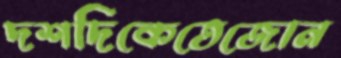
দশদিকেতেজোন